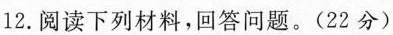
12.阅读下列材料，回答问题。(22分)